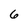
Character: 6